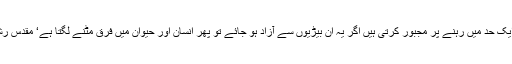
انسان فطرتاً آزادی پسند ہے جبکہ مذہبی و معاشرتی پابندیاں اسے ایک حد میں رہنے پر مجبور کرتی ہیں اگر یہ ان بیڑیوں سے آزاد ہو جائے تو پھر انسان اور حیوان میں فرق مٹنے لگتا ہے‘ مقدس رشتے پامال ہونے لگتے ہیں اور بے راہ روی فروغ پانے لگتی ہے۔